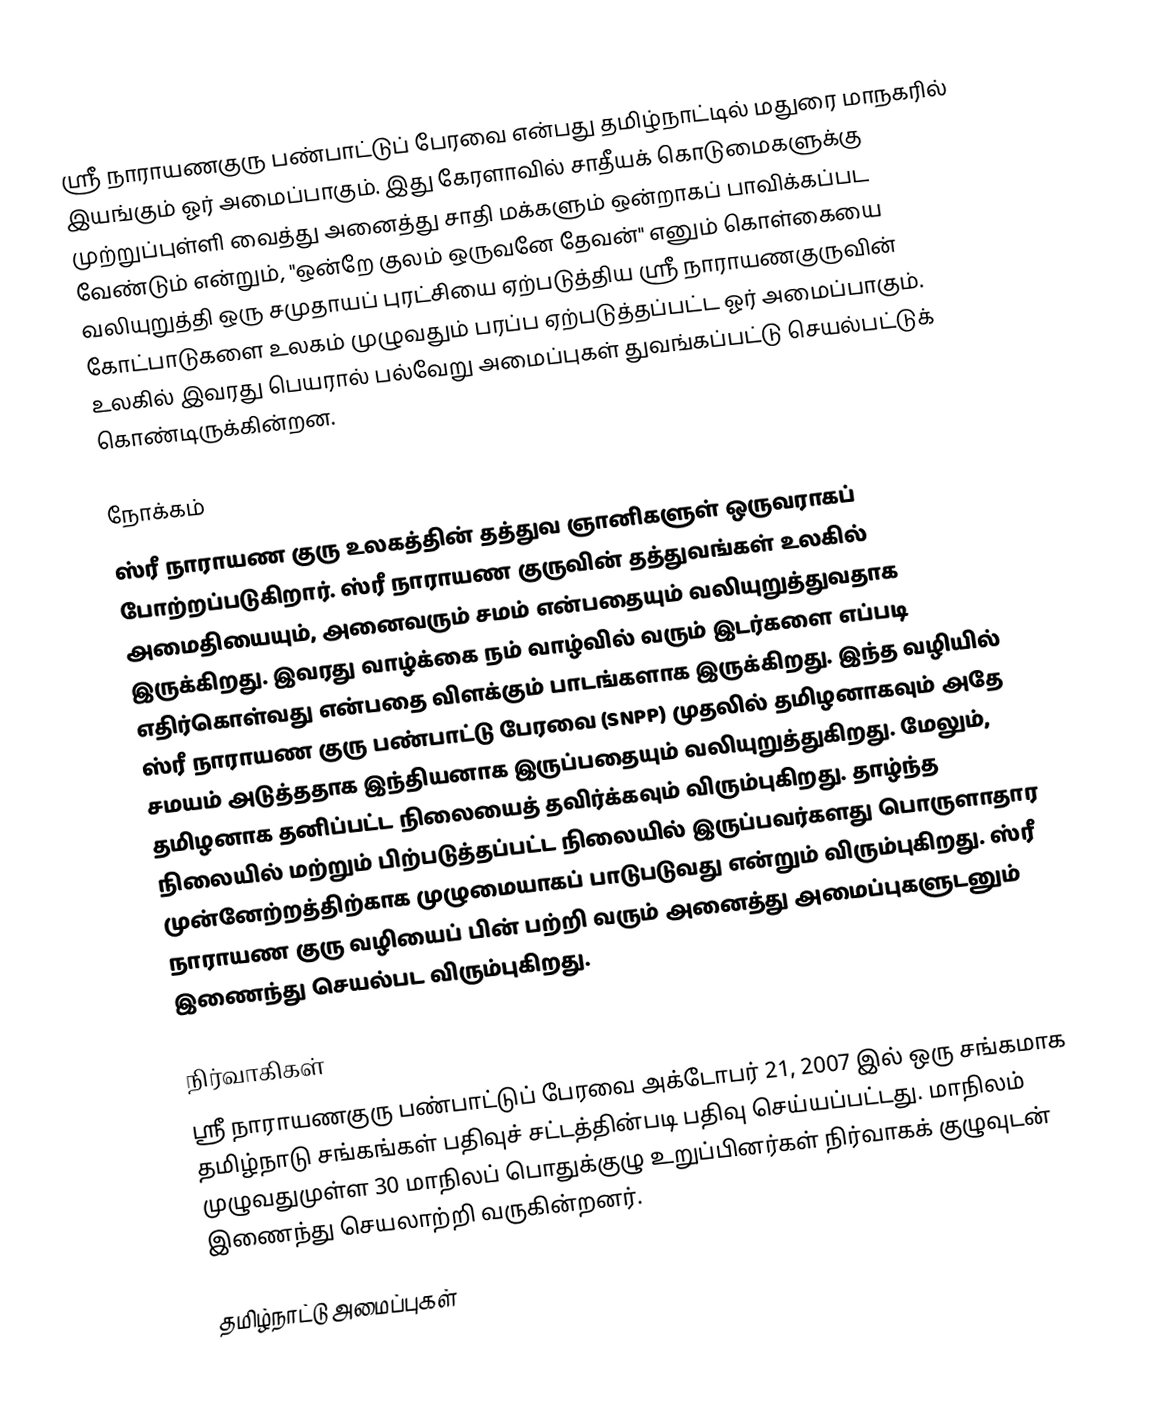
ஸ்ரீ நாராயணகுரு பண்பாட்டுப் பேரவை என்பது தமிழ்நாட்டில் மதுரை மாநகரில் இயங்கும் ஓர் அமைப்பாகும். இது கேரளாவில் சாதீயக் கொடுமைகளுக்கு முற்றுப்புள்ளி வைத்து அனைத்து சாதி மக்களும் ஒன்றாகப் பாவிக்கப்பட வேண்டும் என்றும், "ஒன்றே குலம் ஒருவனே தேவன்" எனும் கொள்கையை வலியுறுத்தி ஒரு சமுதாயப் புரட்சியை ஏற்படுத்திய ஸ்ரீ நாராயணகுருவின் கோட்பாடுகளை உலகம் முழுவதும் பரப்ப ஏற்படுத்தப்பட்ட ஓர் அமைப்பாகும். உலகில் இவரது பெயரால் பல்வேறு அமைப்புகள் துவங்கப்பட்டு செயல்பட்டுக் கொண்டிருக்கின்றன.

நோக்கம்
ஸ்ரீ நாராயண குரு உலகத்தின் தத்துவ ஞானிகளுள் ஒருவராகப் போற்றப்படுகிறார். ஸ்ரீ நாராயண குருவின் தத்துவங்கள் உலகில் அமைதியையும், அனைவரும் சமம் என்பதையும் வலியுறுத்துவதாக இருக்கிறது. இவரது வாழ்க்கை நம் வாழ்வில் வரும் இடர்களை எப்படி எதிர்கொள்வது என்பதை விளக்கும் பாடங்களாக இருக்கிறது. இந்த வழியில் ஸ்ரீ நாராயண குரு பண்பாட்டு பேரவை (SNPP) முதலில் தமிழனாகவும் அதே சமயம் அடுத்ததாக இந்தியனாக இருப்பதையும் வலியுறுத்துகிறது. மேலும், தமிழனாக தனிப்பட்ட நிலையைத் தவிர்க்கவும் விரும்புகிறது. தாழ்ந்த நிலையில் மற்றும் பிற்படுத்தப்பட்ட நிலையில் இருப்பவர்களது பொருளாதார முன்னேற்றத்திற்காக முழுமையாகப் பாடுபடுவது என்றும் விரும்புகிறது. ஸ்ரீ நாராயண குரு வழியைப் பின் பற்றி வரும் அனைத்து அமைப்புகளுடனும் இணைந்து செயல்பட விரும்புகிறது.

நிர்வாகிகள்
ஸ்ரீ நாராயணகுரு பண்பாட்டுப் பேரவை அக்டோபர் 21, 2007 இல் ஒரு சங்கமாக தமிழ்நாடு சங்கங்கள் பதிவுச் சட்டத்தின்படி பதிவு செய்யப்பட்டது. மாநிலம் முழுவதுமுள்ள 30 மாநிலப் பொதுக்குழு உறுப்பினர்கள் நிர்வாகக் குழுவுடன் இணைந்து செயலாற்றி வருகின்றனர்.

தமிழ்நாட்டு அமைப்புகள்